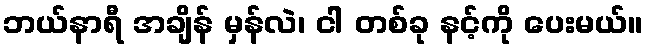
ဘယ်နာရီ အချိန် မှန်လဲ၊ ငါ တစ်ခု နင့်ကို ပေးမယ်။